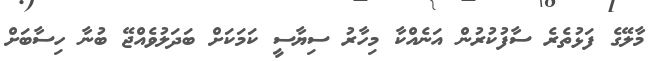
މާލޭގެ ފަޅުތެރެ ސާފުކުރުން އަނެއްކާ މިހާރު ސިޔާސީ ކަމަކަށް ބަދަލުވެއްޖޭ ބުނާ ހިސާބަށް